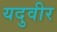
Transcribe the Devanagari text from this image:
यदुवीर